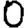
Digit: 0